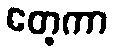
တေ့ကာ